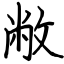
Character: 敝